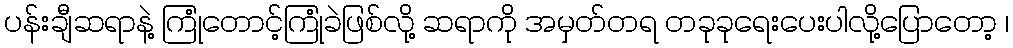
ပန်းချီဆရာနဲ့ ကြုံတောင့်ကြုံခဲဖြစ်လို့ ဆရာကို အမှတ်တရ တခုခုရေးပေးပါလို့ပြောတော့ ၊